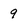
Character: 9